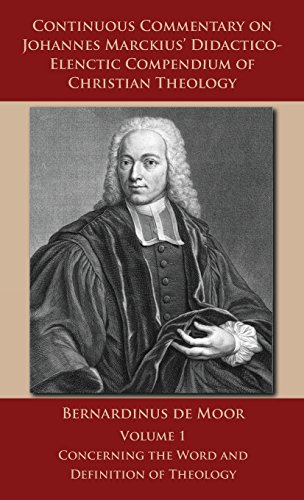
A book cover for Continuous Commentary on Johannes Marckius' Didactico-Elenctic Compendium of Christian Theology - Volume 1; Bernardinus De Moor; Christian Books & Bibles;